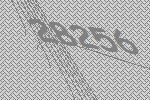
28256